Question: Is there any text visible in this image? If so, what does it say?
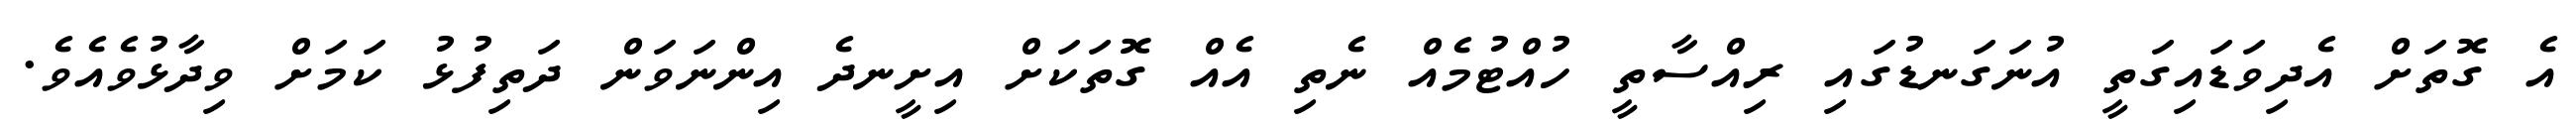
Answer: އެ ގޮތަށް އެދިވަޑައިގަތީ އުނަގަނޑުގައި ރިއްސާތީ ހުއްޓުމެއް ނެތި އެއް ގޮތަކަށް އިށީނދެ އިންނަވަން ދަތިފުޅު ކަމަށް ވިދާޅުވެއެވެ.